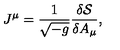
J ^ { \mu } = \frac { 1 } { \sqrt { - g } } \frac { \delta { \cal S } } { \delta A _ { \mu } } ,